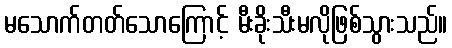
မသောက်တတ်သောကြောင့် မီးခိုးသီးမလိုဖြစ်သွားသည်။